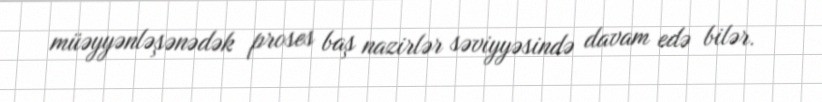
müəyyənləşənədək proses baş nazirlər səviyyəsində davam edə bilər.